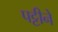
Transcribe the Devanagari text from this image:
पट्टीने